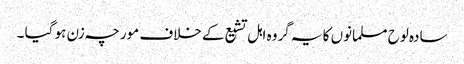
سادہ لوح مسلمانوں کا یہ گروہ اہل تشیع کے خلاف مورچہ زن ہو گیا ۔